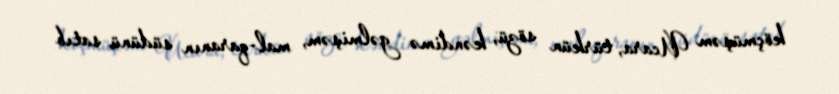
köçmüşəm Ucara, türkün sözü, kəndimə gəlmişəm, mal-qaranın südünü satıb